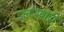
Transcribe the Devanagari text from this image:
इल्देरब्रांदो